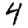
Digit: 4